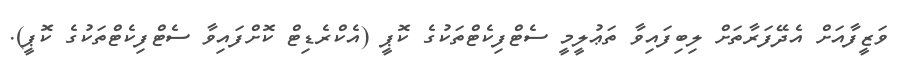
ވަޒީފާއަށް އެދޭފަރާތަށް ލިބިފައިވާ ތަޢުލީމީ ސެޓްފިކެޓްތަކުގެ ކޮޕީ (އެކްރެޑިޓް ކޮށްފައިވާ ސެޓްފިކެޓްތަކުގެ ކޮޕީ).